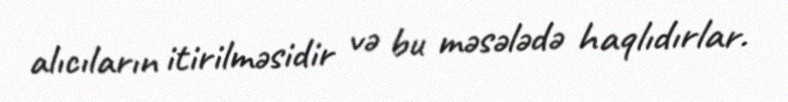
alıcıların itirilməsidir və bu məsələdə haqlıdırlar.